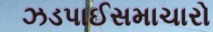
ઝડપાઈસમાચારો